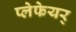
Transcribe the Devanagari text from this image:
प्लेफेयर्